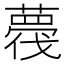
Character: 薎